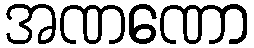
အဏဏော